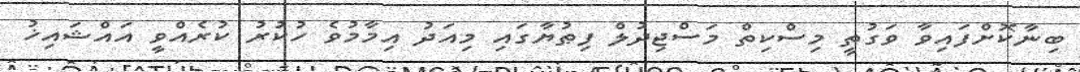
ބިނާކޮށްފައިވާ ވަގުތީ މިސްކިތް މަސްޖިދުލް ފިޠުޔާގައި މިއަދު އިމާމުވެ ހުކުރު ކުރެއްވީ އައްޝައިޚު